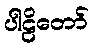
ပါဠိတော်